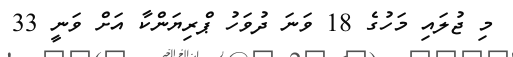
މި ޖުލައި މަހުގެ 18 ވަނަ ދުވަހު ޕްރިޔަންކާ އަށް ވަނީ 33